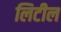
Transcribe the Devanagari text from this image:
लिटील